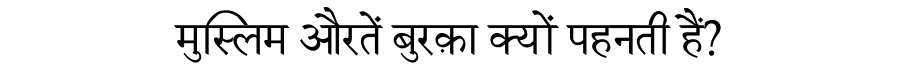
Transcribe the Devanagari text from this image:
मुस्लिम औरतें बुरक़ा क्यों पहनती हैं?